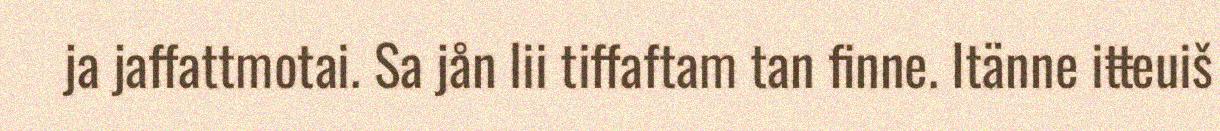
ja jaffattmotai. Sa jån lii tiffaftam tan finne. Itänne iŧŧeuiš